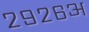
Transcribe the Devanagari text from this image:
२९२६अ